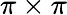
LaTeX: \pi\times\pi